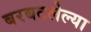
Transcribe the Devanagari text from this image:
बरबटलेल्या